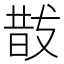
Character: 𭣚